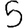
Digit: 5